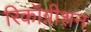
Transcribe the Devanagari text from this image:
रिकॉग्नीशन